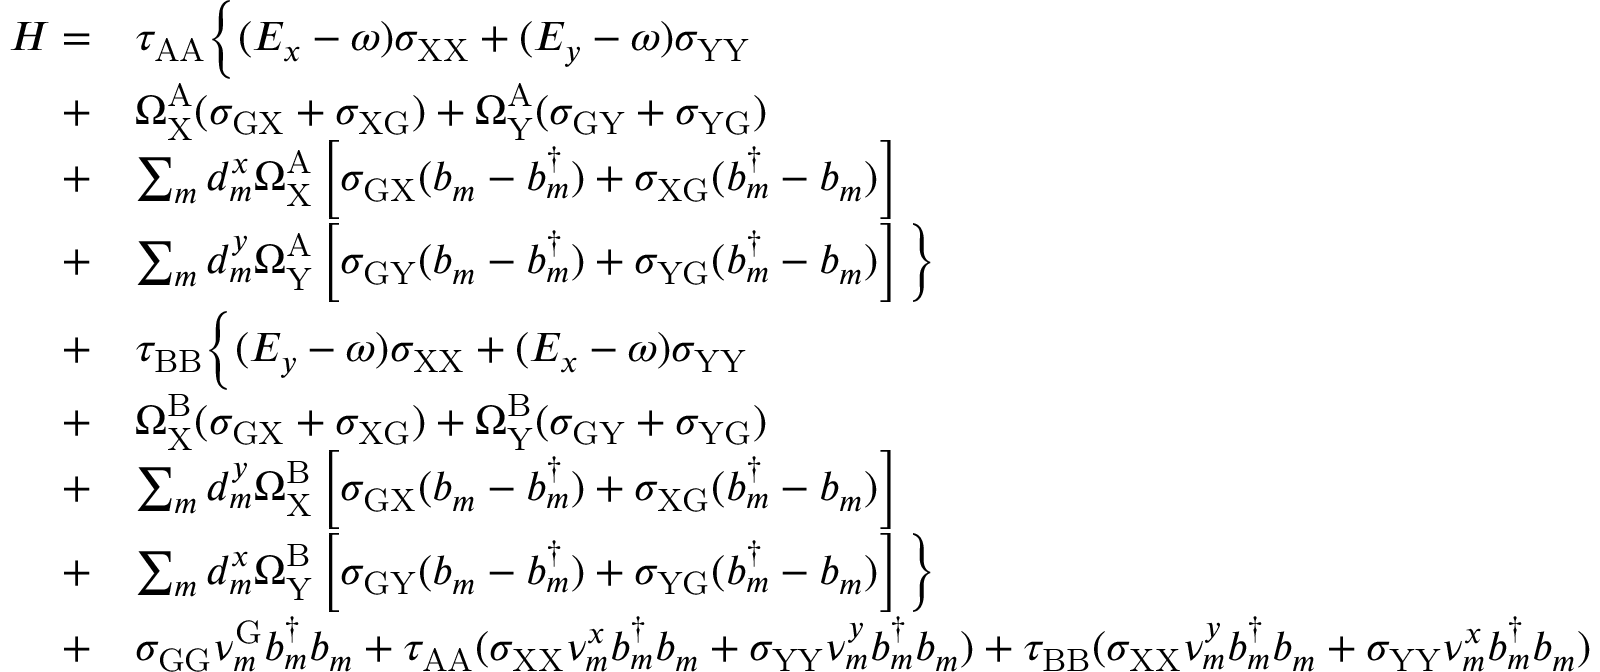
\begin{array} { r l } { H = } & { \tau _ { \mathrm { A A } } \bigg \{ ( E _ { x } - \omega ) \sigma _ { \mathrm { X X } } + ( E _ { y } - \omega ) \sigma _ { \mathrm { Y Y } } } \\ { + } & { \Omega _ { \mathrm { X } } ^ { \mathrm { A } } ( \sigma _ { \mathrm { G X } } + \sigma _ { \mathrm { X G } } ) + \Omega _ { \mathrm { Y } } ^ { \mathrm { A } } ( \sigma _ { \mathrm { G Y } } + \sigma _ { \mathrm { Y G } } ) } \\ { + } & { \sum _ { m } d _ { m } ^ { x } \Omega _ { \mathrm { X } } ^ { \mathrm { A } } \left[ \sigma _ { \mathrm { G X } } ( b _ { m } - b _ { m } ^ { \dagger } ) + \sigma _ { \mathrm { X } \mathrm { G } } ( b _ { m } ^ { \dagger } - b _ { m } ) \right] } \\ { + } & { \sum _ { m } d _ { m } ^ { y } \Omega _ { \mathrm { Y } } ^ { \mathrm { A } } \left[ \sigma _ { \mathrm { G Y } } ( b _ { m } - b _ { m } ^ { \dagger } ) + \sigma _ { \mathrm { Y } \mathrm { G } } ( b _ { m } ^ { \dagger } - b _ { m } ) \right] \bigg \} } \\ { + } & { \tau _ { \mathrm { B B } } \bigg \{ ( E _ { y } - \omega ) \sigma _ { \mathrm { X X } } + ( E _ { x } - \omega ) \sigma _ { \mathrm { Y Y } } } \\ { + } & { \Omega _ { \mathrm { X } } ^ { \mathrm { B } } ( \sigma _ { \mathrm { G X } } + \sigma _ { \mathrm { X G } } ) + \Omega _ { \mathrm { Y } } ^ { \mathrm { B } } ( \sigma _ { \mathrm { G Y } } + \sigma _ { \mathrm { Y G } } ) } \\ { + } & { \sum _ { m } d _ { m } ^ { y } \Omega _ { \mathrm { X } } ^ { \mathrm { B } } \left[ \sigma _ { \mathrm { G X } } ( b _ { m } - b _ { m } ^ { \dagger } ) + \sigma _ { \mathrm { X } \mathrm { G } } ( b _ { m } ^ { \dagger } - b _ { m } ) \right] } \\ { + } & { \sum _ { m } d _ { m } ^ { x } \Omega _ { \mathrm { Y } } ^ { \mathrm { B } } \left[ \sigma _ { \mathrm { G Y } } ( b _ { m } - b _ { m } ^ { \dagger } ) + \sigma _ { \mathrm { Y } \mathrm { G } } ( b _ { m } ^ { \dagger } - b _ { m } ) \right] \bigg \} } \\ { + } & { \sigma _ { \mathrm { G G } } \nu _ { m } ^ { \mathrm { G } } b _ { m } ^ { \dagger } b _ { m } + \tau _ { \mathrm { A A } } ( \sigma _ { \mathrm { X X } } \nu _ { m } ^ { x } b _ { m } ^ { \dagger } b _ { m } + \sigma _ { \mathrm { Y Y } } \nu _ { m } ^ { y } b _ { m } ^ { \dagger } b _ { m } ) + \tau _ { \mathrm { B B } } ( \sigma _ { \mathrm { X X } } \nu _ { m } ^ { y } b _ { m } ^ { \dagger } b _ { m } + \sigma _ { \mathrm { Y Y } } \nu _ { m } ^ { x } b _ { m } ^ { \dagger } b _ { m } ) } \end{array}